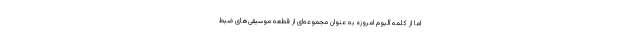
اما از کلمه آلبوم امروزه به عنوان مجموعه‌ای از قطعه موسیقی‌های ضبط